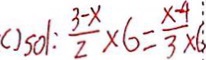
( ) s 0 1 : \frac { 3 - x } { 2 } \times 6 = \frac { x - 4 } { 3 } \times 6